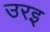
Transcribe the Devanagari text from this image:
उरइ